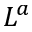
L ^ { a }